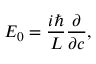
E _ { 0 } = { \frac { i \hbar } { L } } { \frac { \partial } { \partial c } } ,